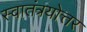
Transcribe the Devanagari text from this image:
स्वातंत्रयोत्तर